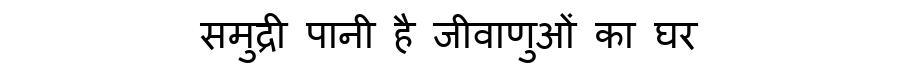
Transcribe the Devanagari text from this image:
समुद्री पानी है जीवाणुओं का घर